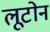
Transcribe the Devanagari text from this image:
लूटोन